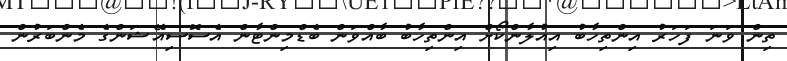
ތިން ވަނަ ފަހަރު އިންތިހާބު އިއުލާންކޯށް އިންތިހާބު ބާއްވަން ބެޑްމިންޓާން އެސޮސިއޭޝަންގެ މެންބަރުން